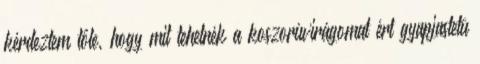
kérdeztem tőle, hogy mit tehetnék a koszorúvirágomat ért gyapjastetü